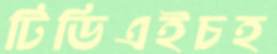
টিডিএইচহ